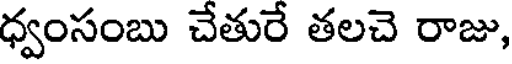
ధ్వంసంబు చేతురే తలచె రాజు,